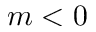
m < 0